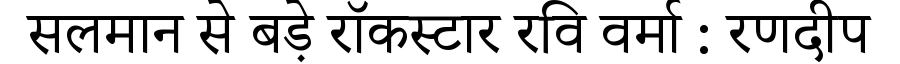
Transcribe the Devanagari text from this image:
सलमान से बड़े रॉकस्टार रवि वर्मा : रणदीप